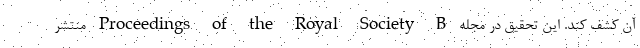
آن کشف کند. این تحقیق در مجله Proceedings of the Royal Society B منتشر